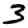
Digit: 3